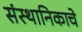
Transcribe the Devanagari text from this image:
संस्थानिकाचे